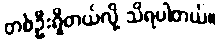
တစ်ဦးရှိတယ်လို့ သိရပါတယ်။